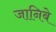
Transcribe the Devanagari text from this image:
जानिबे